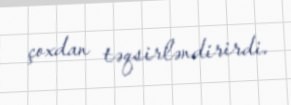
çoxdan təqsirləndirirdi.